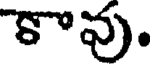
కావు.